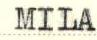
MILA